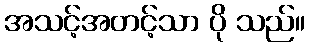
အသင့်အတင့်သာ ပို သည်။